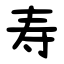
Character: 寿